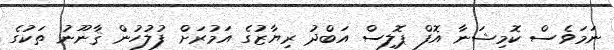
ނަމަވެސް ކޮމިޝަނާ އޮފް ޕޮލިސް އަބްދު ރިޔާޒުގެ އަމުރަށް ފުލުހުން ޤާނޫނު ތަކުގެ